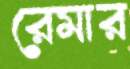
রেমার